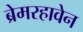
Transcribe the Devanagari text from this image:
ब्रेमरहावेन